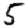
Digit: 5